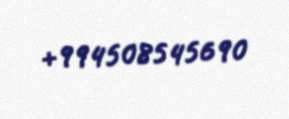
+994508545690